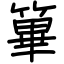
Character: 篳